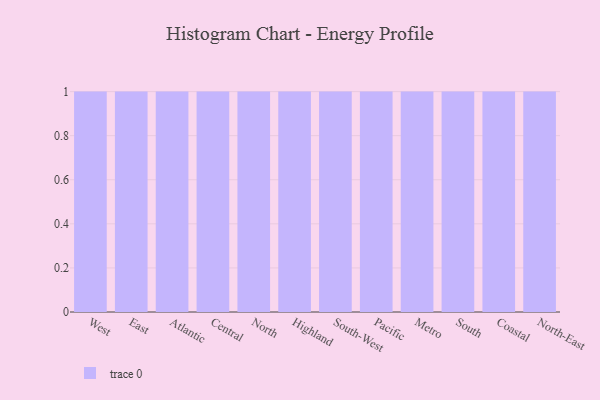
{"axis": {"x": "Region", "y": "Humidity (%)"}, "legend": [""], "data": [{"x": "West", "y": 44, "type": ""}, {"x": "East", "y": 6, "type": ""}, {"x": "Atlantic", "y": 89, "type": ""}, {"x": "Central", "y": 72, "type": ""}, {"x": "North", "y": 13, "type": ""}, {"x": "Highland", "y": 56, "type": ""}, {"x": "South-West", "y": 3, "type": ""}, {"x": "Pacific", "y": 68, "type": ""}, {"x": "Metro", "y": 62, "type": ""}, {"x": "South", "y": 84, "type": ""}, {"x": "Coastal", "y": 39, "type": ""}, {"x": "North-East", "y": 3, "type": ""}]}